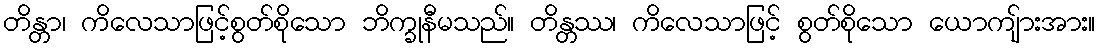
တိန္တာ၊ ကိလေသာဖြင့်စွတ်စိုသော ဘိက္ခုနီမသည်။ တိန္တဿ၊ ကိလေသာဖြင့် စွတ်စိုသော ယောကျ်ားအား။